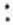
: